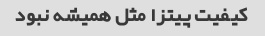
کیفیت پیتزا مثل همیشه نبود